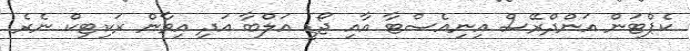
ކެޕްޓަން އަންދްރޭސް އިނިއެސްޓާ އާއި ޖޯޑީ އަލްބާ އަދި އިވާން ރަކިޓިކް ނެރެ